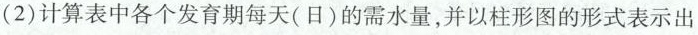
(2)计算表中各个发育期每天(日)的需水量，并以柱形图的形式表示出